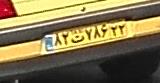
۸۲ت۷۸۶۲۲